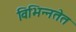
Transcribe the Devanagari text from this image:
विभिन्नतेत